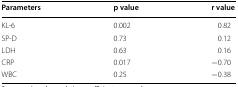
<table><thead><tr><td><b>Parameters</b></td><td><b>p value</b></td><td><b>r value</b></td></tr></thead><tbody><tr><td>KL-6</td><td>0.002</td><td>0.82</td></tr><tr><td>SP-D</td><td>0.73</td><td>0.12</td></tr><tr><td>LDH</td><td>0.63</td><td>0.16</td></tr><tr><td>CRP</td><td>0.017</td><td>−0.70</td></tr><tr><td>WBC</td><td>0.25</td><td>−0.38</td></tr></tbody></table>